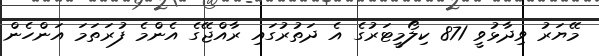
މޭޔަރު ވިދާޅުވީ 871 ކިލޯމީޓަރުގެ އެ ދަތުރުގައި ރާއްޖޭގެ އެންމެ ފުރަތަމަ އަންހެން